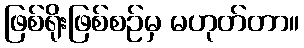
ဖြစ်ရိုးဖြစ်စဉ်မှ မဟုတ်တာ။